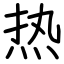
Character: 热